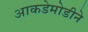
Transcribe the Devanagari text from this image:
आकडेमोडीने